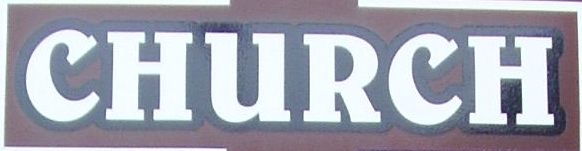
CHURCH